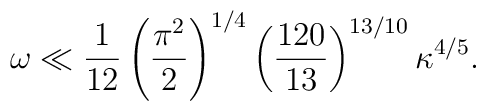
\omega \ll \frac{1}{12} \left( \frac{\pi^2}{2} \right)^{1/4} \left(\frac{120}{13} \right)^{13/10} \kappa^{4/5}.